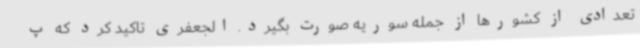
تعدادی از کشورها از جمله سوریه صورت بگیرد. الجعفری تاکید کرد که پ